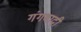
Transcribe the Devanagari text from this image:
गंगवादी